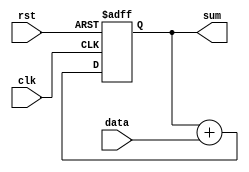
module accumulator (
    input wire clk,
    input wire rst,
    input wire [7:0] data,
    output reg [15:0] sum
);

always @(posedge clk or posedge rst) begin
    if (rst) begin
        sum <= 0;
    end else begin
        sum <= sum + data;
    end
end

endmodule